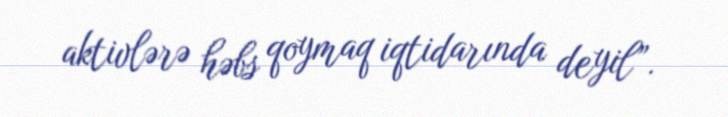
aktivlərə həbs qoymaq iqtidarında deyil”.